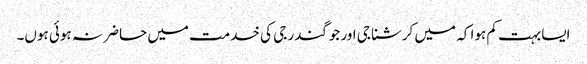
ایسا بہت کم ہوا کہ میں کرشنا جی اور جوگندر جی کی خدمت میں حاضر نہ ہوئی ہوں۔